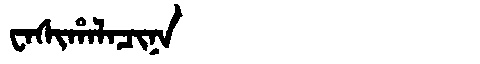
Manchu: ᠸᠠᠰᡳᡥᠠᠯᠠᠴᡳᠨᠠ
Romanization: WASIHALACINA